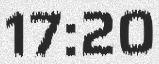
17:20